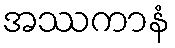
အဿကာနံ